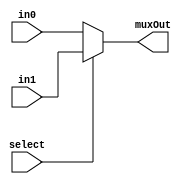
module Mux_2to1 

	//Parameter to change the width of the input and output values
	//This allows for modularity when instantiating multiple Muxes in a top level design
	#(parameter WIDTH = 5)

	(input [WIDTH-1:0] in0, in1,
	 input select,
	 output [WIDTH-1:0] muxOut);
	
	assign muxOut = select ? in1: in0;
	
endmodule